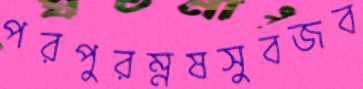
পরপুরম্নষসুবজব